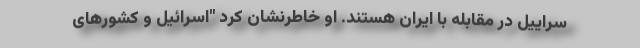
سراییل در مقابله با ایران هستند. او خاطرنشان كرد "اسرائیل و کشورهای